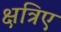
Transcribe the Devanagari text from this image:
क्षत्रिए